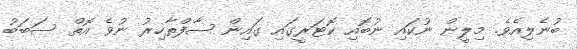
ބުނެލިއެވެ. މިލީން ނުކައި ނުބޮއި ކޮޓަރީގައި ގައިން ސާފްތާހިރު ނުވެ އޮތް ސަބަބު